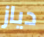
دياز